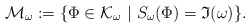
\begin{align*}\mathcal{M}_\omega := \{ \Phi \in \mathcal{K}_\omega \ |\ S_\omega (\Phi) = \mathfrak{I}(\omega) \}.\end{align*}